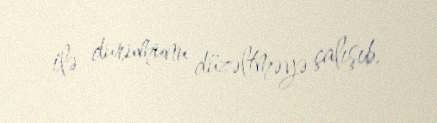
ilə durumunu düzəltməyə çalışıb.